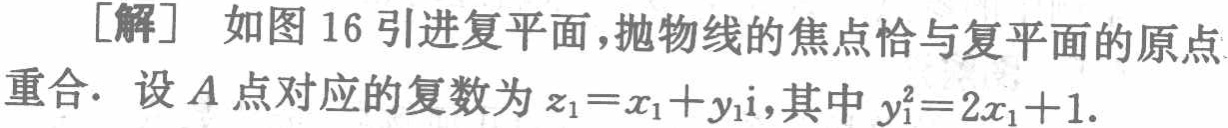
[解] 如图 16 引进复平面,抛物线的焦点恰与复平面的原点
重合. 设 \(A\) 点对应的复数为 \(z_{1}=x_{1}+y_{1}\mathrm{i}\),其中 \(y_{1}^{2}=2x_{1}+1\).